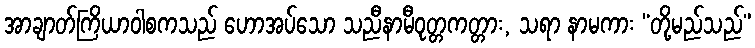
အာချာတ်ကြိယာဝါစကသည် ဟောအပ်သော သညီနာမီဝုတ္တကတ္တား, သရာ နာမကား “တို့မည်သည်”